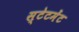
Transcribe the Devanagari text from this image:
स्‍टेटमेंट